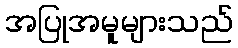
အပြုအမူများသည်